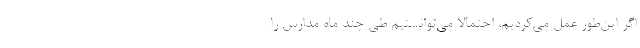
اگر این‌طور عمل می‌کردیم، احتمالاً می‌توانستیم طی چند ماه مدارس را